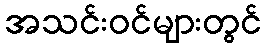
အသင်းဝင်များတွင်